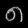
Digit: ၈